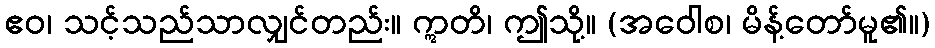
ဧဝ၊ သင့်သည်သာလျှင်တည်း။ ဣတိ၊ ဤသို့။ (အဝေါစ၊ မိန့်တော်မူ၏။)